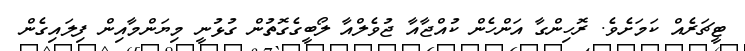
ޓީޗަރެއް ކަމަށެވެ. ރޮހިންގާ އަންހެން ކުއްޖާއާ ޖުވެލްއާ ލޯބީގެގޮތުން ގުޅުނީ މިޔަންމާއިން ފިލައިގެން